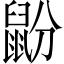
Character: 鼢